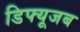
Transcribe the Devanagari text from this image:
डिफ्यूजब